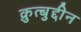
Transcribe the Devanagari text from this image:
क़ुत्बुद्दीन